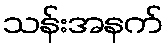
သန်းအနက်